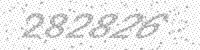
Solution: 282826